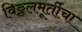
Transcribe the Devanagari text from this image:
विठ्ठलमूर्तीचा